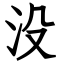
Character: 没